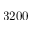
3 2 0 0